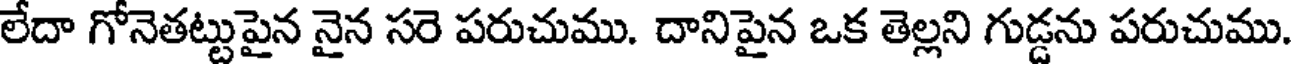
లేదా గోనెతట్టుపైన నైన సరె పరుచుము. దానిపైన ఒక తెల్లని గుడ్డను పరుచుము.